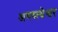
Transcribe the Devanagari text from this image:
अगस्त्येश्वर